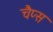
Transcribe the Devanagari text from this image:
चैप्स